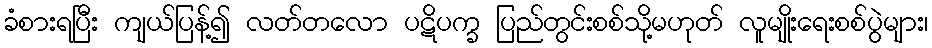
ခံစားရပြီး ကျယ်ပြန့်၍ လတ်တလော ပဋိပက္ခ ပြည်တွင်းစစ်သို့မဟုတ် လူမျိုးရေးစစ်ပွဲများ၊